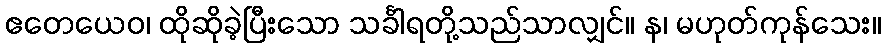
ဧတေယေဝ၊ ထိုဆိုခဲ့ပြီးသော သင်္ခါရတို့သည်သာလျှင်။ န၊ မဟုတ်ကုန်သေး။